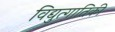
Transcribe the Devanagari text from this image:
विद्युत्गातिकी